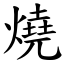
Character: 燒